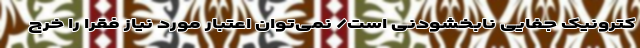
کترونیک جفایی نابخشودنی است/ نمی‌توان اعتبار مورد نیاز فقرا را خرج